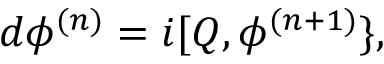
d \phi ^ { ( n ) } = i [ Q , \phi ^ { ( n + 1 ) } \} ,